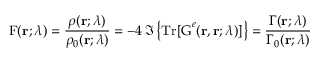
\mathrm { F } ( \mathbf { r } ; \lambda ) = \frac { \rho ( \mathbf { r } ; \lambda ) } { \rho _ { 0 } ( \mathbf { r } ; \lambda ) } = - 4 \: \Im \left\{ \mathrm { T r } [ \boldsymbol { \mathrm { G } } ^ { e } ( \mathbf { r } , \mathbf { r } ; \lambda ) ] \right\} = \frac { \Gamma ( \mathbf { r } ; \lambda ) } { \Gamma _ { 0 } ( \mathbf { r } ; \lambda ) }